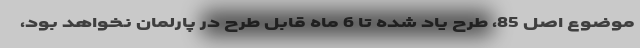
موضوع اصل 85، طرح یاد شده تا 6 ماه قابل طرح در پارلمان نخواهد بود،